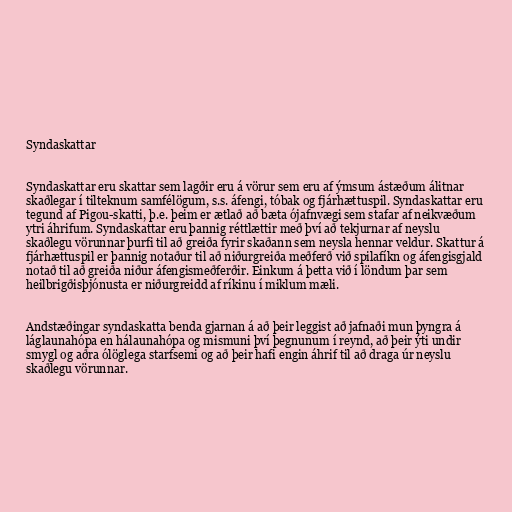
Syndaskattar

Syndaskattar eru skattar sem lagðir eru á vörur sem eru af ýmsum ástæðum álitnar
skaðlegar í tilteknum samfélögum, s.s. áfengi, tóbak og fjárhættuspil. Syndaskattar eru
tegund af Pigou-skatti, þ.e. þeim er ætlað að bæta ójafnvægi sem stafar af neikvæðum
ytri áhrifum. Syndaskattar eru þannig réttlættir með því að tekjurnar af neyslu
skaðlegu vörunnar þurfi til að greiða fyrir skaðann sem neysla hennar veldur. Skattur á
fjárhættuspil er þannig notaður til að niðurgreiða meðferð við spilafíkn og áfengisgjald
notað til að greiða niður áfengismeðferðir. Einkum á þetta við í löndum þar sem
heilbrigðisþjónusta er niðurgreidd af ríkinu í miklum mæli.

Andstæðingar syndaskatta benda gjarnan á að þeir leggist að jafnaði mun þyngra á
láglaunahópa en hálaunahópa og mismuni því þegnunum í reynd, að þeir ýti undir
smygl og aðra ólöglega starfsemi og að þeir hafi engin áhrif til að draga úr neyslu
skaðlegu vörunnar.